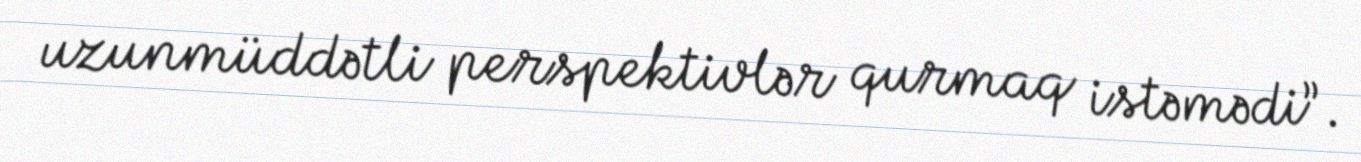
uzunmüddətli perspektivlər qurmaq istəmədi”.